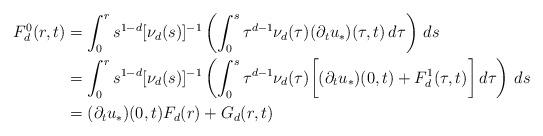
LaTeX: \begin{align*}F_d^0(r,t) & =\int_0^r s^{1-d}[\nu_d(s)]^{-1}\left(\int_0^s \tau^{d-1}\nu_d(\tau)(\partial_t u_*)(\tau,t)\,d\tau\right)\,ds\\ & =\int_0^r s^{1-d}[\nu_d(s)]^{-1}\left(\int_0^s \tau^{d-1}\nu_d(\tau) \biggr[(\partial_tu_*)(0,t)+F_d^1(\tau,t)\biggr]\,d\tau\right)\,ds\\ & =(\partial_tu_*)(0,t)F_d(r)+G_d(r,t)\end{align*}